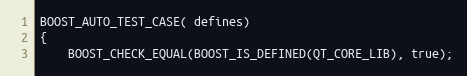
Language: C++
BOOST_AUTO_TEST_CASE( defines)
{
    BOOST_CHECK_EQUAL(BOOST_IS_DEFINED(QT_CORE_LIB), true);